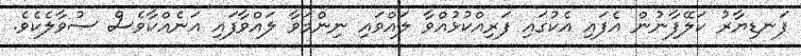
ފަނޑިޔާރު ކަލޭފާނުން އެފައި އެކުގައި ފަރިއްކުޅުއްވާ ލައްވައި ނިންމަވާ ލައްވާފައި އަނެއްކާވެސް ސުވާލެކެވެ.